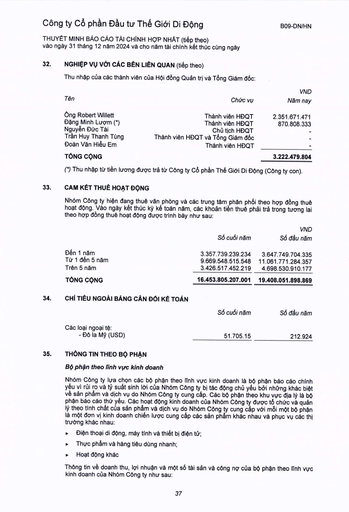
|Tên|Chức vụ|VND Năm nay| |---|---|---| |Ông Robert Willett|Thành viên HĐQT|2.351.671.471| |Đặng Minh Lương (*)|Thành viên HĐQT|870.808.333| |Nguyễn Đức Tài|Chủ tịch HĐQT|| |Trần Huy Thanh Tùng|Thành viên HĐQT và Tổng Giám đốc|| |Đoàn Văn Hiểu Em|Thành viên HĐQT|-| |TỔNG CỘNG||3.222.479.804| ||Số cuối năm|VND Số đầu năm| |---|---|---| |Đến 1 năm|3.357.739.239.234|3.647.749.704.335| |Từ 1 đến 5 năm|9.669.548.515.548|11.061.771.284.357| |Trên 5 năm|3.426.517.452.219|4.698.530.910.177| |TỔNG CỘNG|16.453.805.207.001|19.408.051.898.869| ||Số cuối năm|Số đầu năm| |---|---|---| |Các loại ngoại tệ: Đô la Mỹ (USD)|51.705.15|212.924|